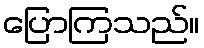
ပြောကြသည်။